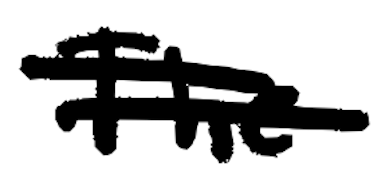
Text: The
Cross-out: double-line
Writing tool: digital_black